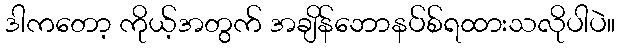
ဒါကတော့ ကိုယ့်အတွက် အချိန်ဘောနပ်စ်ရထားသလိုပါပဲ။